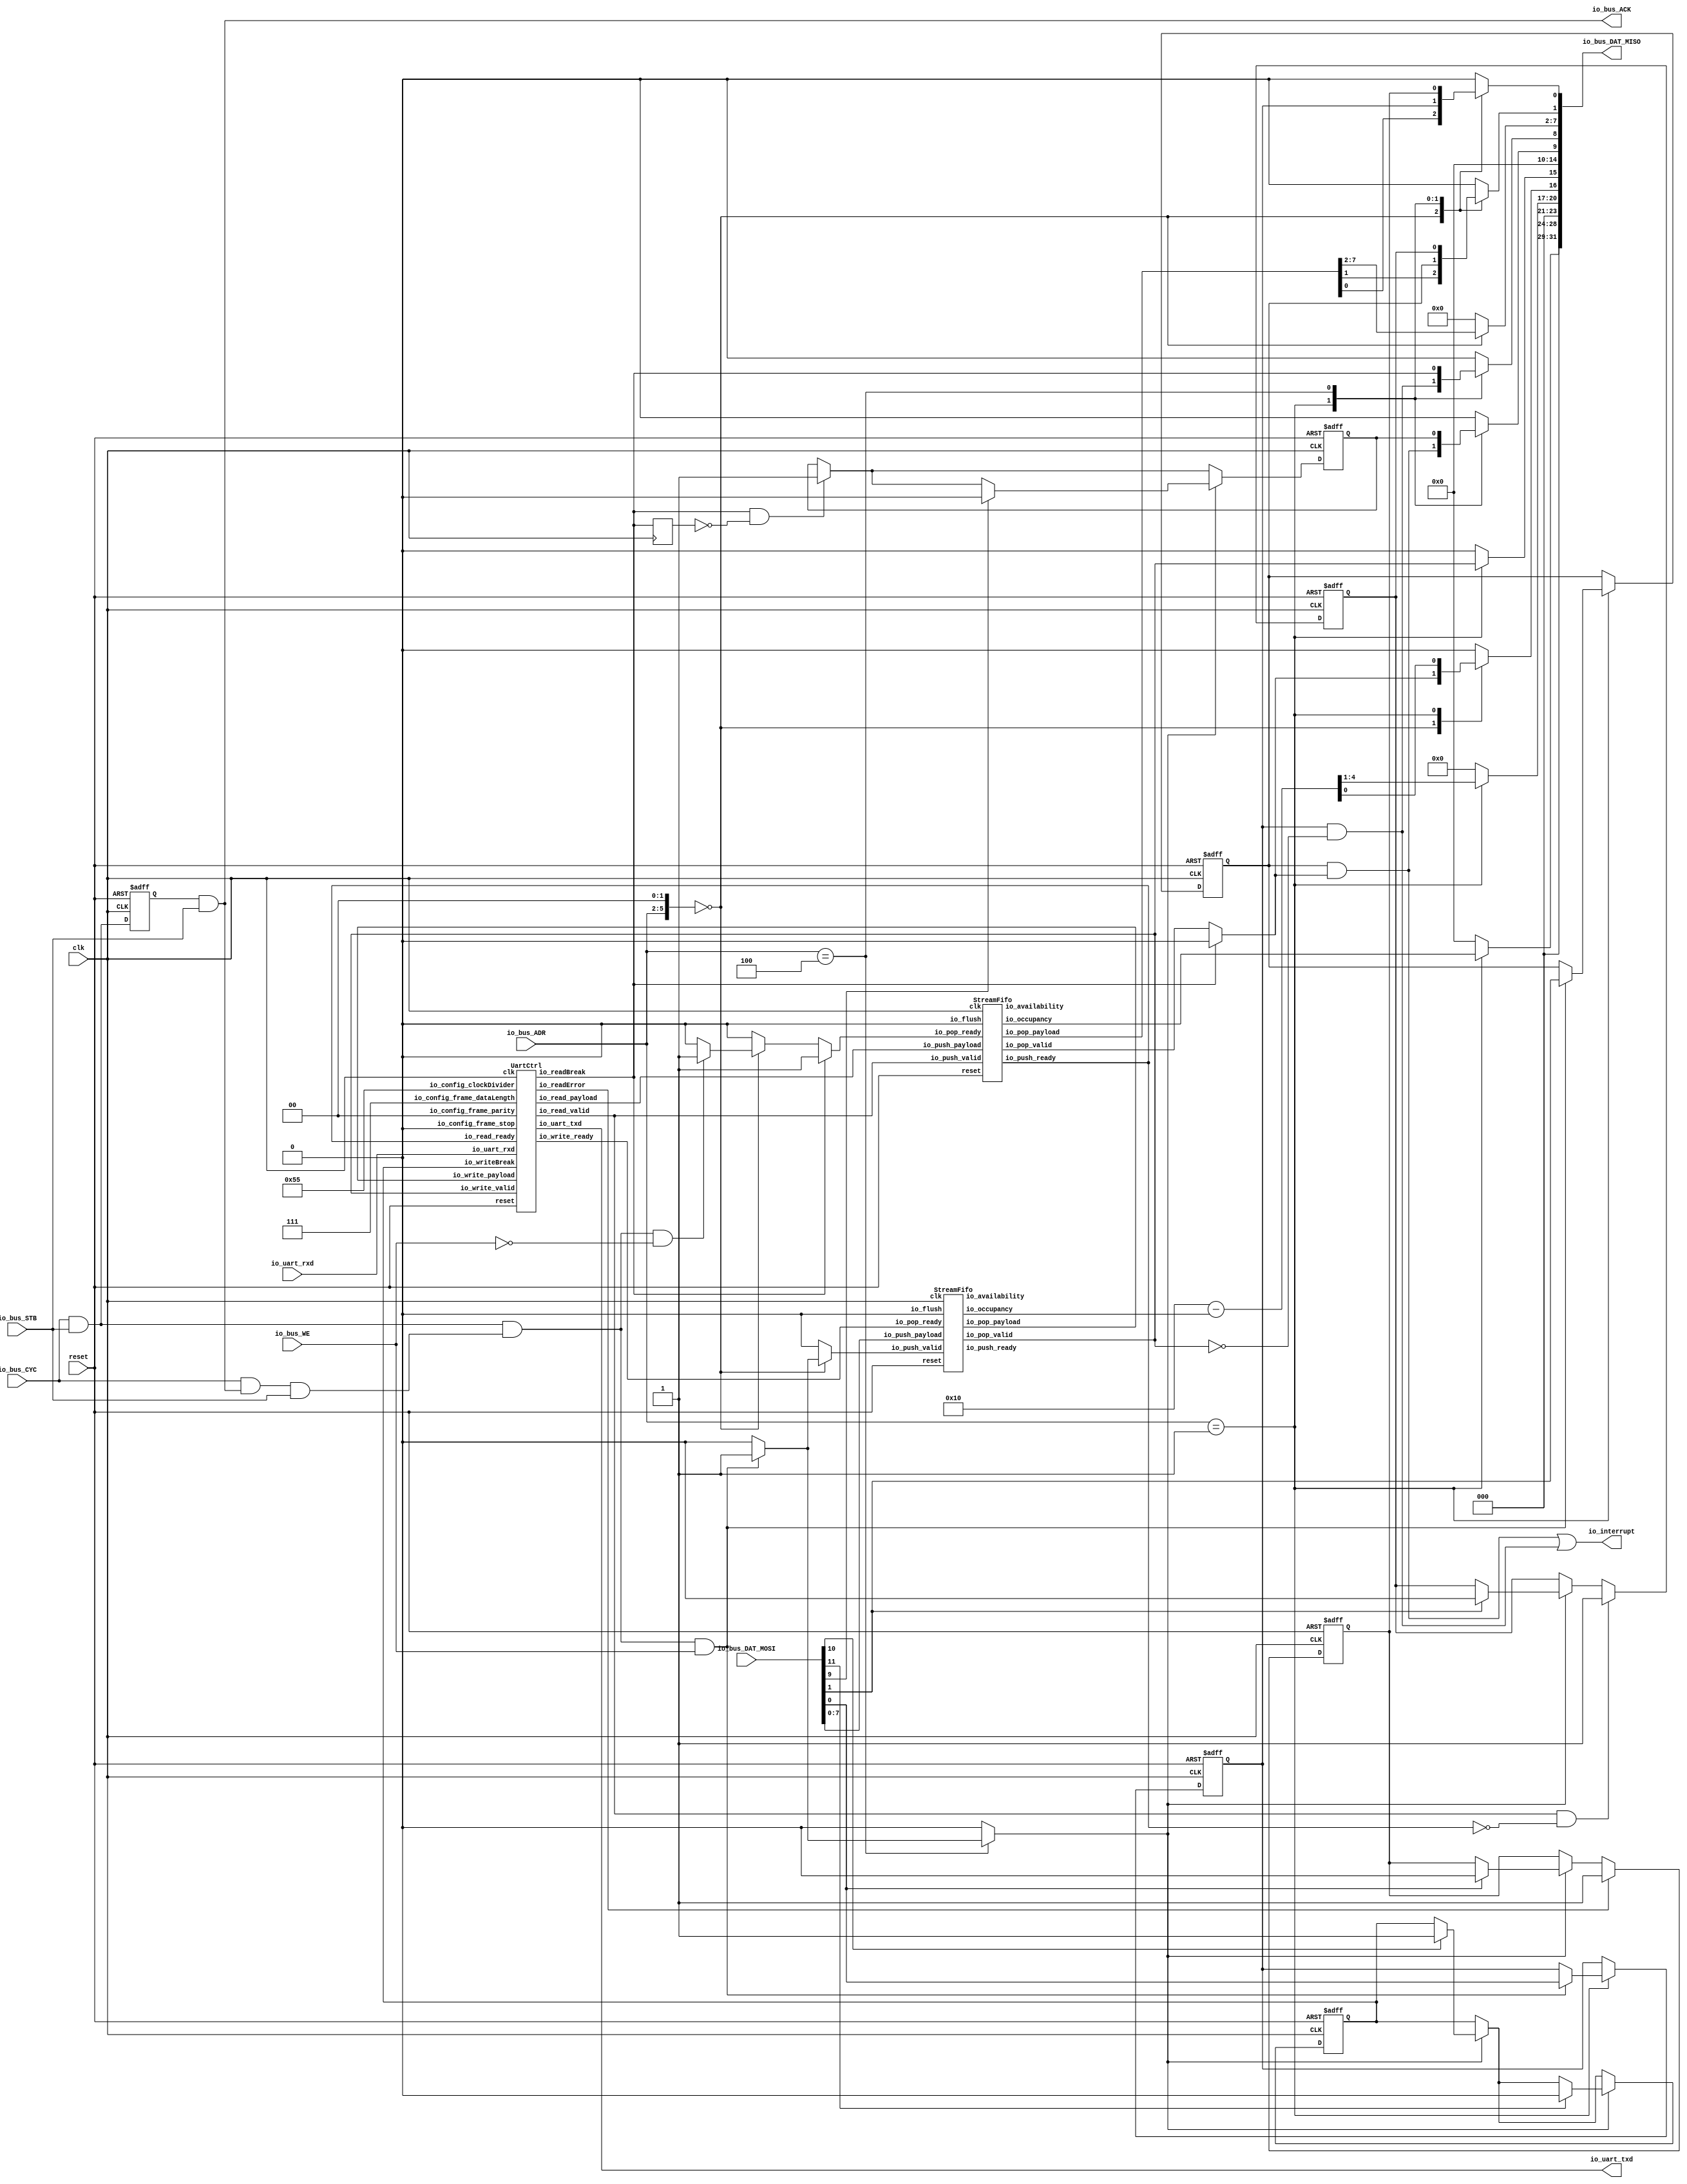
// Generator : SpinalHDL v1.6.0    git head : 73c8d8e2b86b45646e9d0b2e729291f2b65e6be3
// Component : WishboneUartCtrl
// Git hash  : 93ff13c803ccc7e8c0f8166031325c514c4e2d38


`define UartStopType_binary_sequential_type [0:0]
`define UartStopType_binary_sequential_ONE 1'b0
`define UartStopType_binary_sequential_TWO 1'b1

`define UartParityType_binary_sequential_type [1:0]
`define UartParityType_binary_sequential_NONE 2'b00
`define UartParityType_binary_sequential_EVEN 2'b01
`define UartParityType_binary_sequential_ODD 2'b10

`define UartCtrlTxState_binary_sequential_type [2:0]
`define UartCtrlTxState_binary_sequential_IDLE 3'b000
`define UartCtrlTxState_binary_sequential_START 3'b001
`define UartCtrlTxState_binary_sequential_DATA 3'b010
`define UartCtrlTxState_binary_sequential_PARITY 3'b011
`define UartCtrlTxState_binary_sequential_STOP 3'b100

`define UartCtrlRxState_binary_sequential_type [2:0]
`define UartCtrlRxState_binary_sequential_IDLE 3'b000
`define UartCtrlRxState_binary_sequential_START 3'b001
`define UartCtrlRxState_binary_sequential_DATA 3'b010
`define UartCtrlRxState_binary_sequential_PARITY 3'b011
`define UartCtrlRxState_binary_sequential_STOP 3'b100


module WishboneUartCtrl (
  input               io_bus_CYC,
  input               io_bus_STB,
  output              io_bus_ACK,
  input               io_bus_WE,
  input      [3:0]    io_bus_ADR,
  output reg [31:0]   io_bus_DAT_MISO,
  input      [31:0]   io_bus_DAT_MOSI,
  output              io_uart_txd,
  input               io_uart_rxd,
  output              io_interrupt,
  input               clk,
  input               reset
);
  reg                 uartCtrl_1_io_read_queueWithOccupancy_io_pop_ready;
  wire                uartCtrl_1_io_write_ready;
  wire                uartCtrl_1_io_read_valid;
  wire       [7:0]    uartCtrl_1_io_read_payload;
  wire                uartCtrl_1_io_uart_txd;
  wire                uartCtrl_1_io_readError;
  wire                uartCtrl_1_io_readBreak;
  wire                bridge_write_streamUnbuffered_queueWithOccupancy_io_push_ready;
  wire                bridge_write_streamUnbuffered_queueWithOccupancy_io_pop_valid;
  wire       [7:0]    bridge_write_streamUnbuffered_queueWithOccupancy_io_pop_payload;
  wire       [4:0]    bridge_write_streamUnbuffered_queueWithOccupancy_io_occupancy;
  wire       [4:0]    bridge_write_streamUnbuffered_queueWithOccupancy_io_availability;
  wire                uartCtrl_1_io_read_queueWithOccupancy_io_push_ready;
  wire                uartCtrl_1_io_read_queueWithOccupancy_io_pop_valid;
  wire       [7:0]    uartCtrl_1_io_read_queueWithOccupancy_io_pop_payload;
  wire       [4:0]    uartCtrl_1_io_read_queueWithOccupancy_io_occupancy;
  wire       [4:0]    uartCtrl_1_io_read_queueWithOccupancy_io_availability;
  wire       [0:0]    _zz_bridge_misc_readError;
  wire       [0:0]    _zz_bridge_misc_readOverflowError;
  wire       [0:0]    _zz_bridge_misc_breakDetected;
  wire       [0:0]    _zz_bridge_misc_doBreak;
  wire       [0:0]    _zz_bridge_misc_doBreak_1;
  wire       [4:0]    _zz_io_bus_DAT_MISO;
  wire                busCtrl_askWrite;
  wire                busCtrl_askRead;
  wire                busCtrl_doWrite;
  wire                busCtrl_doRead;
  reg                 _zz_io_bus_ACK;
  wire       [5:0]    busCtrl_byteAddress;
  wire       [2:0]    bridge_uartConfigReg_frame_dataLength;
  wire       `UartStopType_binary_sequential_type bridge_uartConfigReg_frame_stop;
  wire       `UartParityType_binary_sequential_type bridge_uartConfigReg_frame_parity;
  reg        [11:0]   bridge_uartConfigReg_clockDivider;
  reg                 _zz_bridge_write_streamUnbuffered_valid;
  wire                bridge_write_streamUnbuffered_valid;
  wire                bridge_write_streamUnbuffered_ready;
  wire       [7:0]    bridge_write_streamUnbuffered_payload;
  reg                 bridge_read_streamBreaked_valid;
  reg                 bridge_read_streamBreaked_ready;
  wire       [7:0]    bridge_read_streamBreaked_payload;
  reg                 bridge_interruptCtrl_writeIntEnable;
  reg                 bridge_interruptCtrl_readIntEnable;
  wire                bridge_interruptCtrl_readInt;
  wire                bridge_interruptCtrl_writeInt;
  wire                bridge_interruptCtrl_interrupt;
  reg                 bridge_misc_readError;
  reg                 when_BusSlaveFactory_l335;
  wire                when_BusSlaveFactory_l337;
  reg                 bridge_misc_readOverflowError;
  reg                 when_BusSlaveFactory_l335_1;
  wire                when_BusSlaveFactory_l337_1;
  wire                uartCtrl_1_io_read_isStall;
  reg                 bridge_misc_breakDetected;
  reg                 uartCtrl_1_io_readBreak_regNext;
  wire                when_UartCtrl_l154;
  reg                 when_BusSlaveFactory_l335_2;
  wire                when_BusSlaveFactory_l337_2;
  reg                 bridge_misc_doBreak;
  reg                 when_BusSlaveFactory_l366;
  wire                when_BusSlaveFactory_l368;
  reg                 when_BusSlaveFactory_l335_3;
  wire                when_BusSlaveFactory_l337_3;
  `ifndef SYNTHESIS
  reg [23:0] bridge_uartConfigReg_frame_stop_string;
  reg [31:0] bridge_uartConfigReg_frame_parity_string;
  `endif

  function [11:0] zz_bridge_uartConfigReg_clockDivider(input dummy);
    begin
      zz_bridge_uartConfigReg_clockDivider = 12'h0;
      zz_bridge_uartConfigReg_clockDivider = 12'h055;
    end
  endfunction
  wire [11:0] _zz_1;

  assign _zz_bridge_misc_readError = 1'b0;
  assign _zz_bridge_misc_readOverflowError = 1'b0;
  assign _zz_bridge_misc_breakDetected = 1'b0;
  assign _zz_bridge_misc_doBreak = 1'b1;
  assign _zz_bridge_misc_doBreak_1 = 1'b0;
  assign _zz_io_bus_DAT_MISO = (5'h10 - bridge_write_streamUnbuffered_queueWithOccupancy_io_occupancy);
  UartCtrl uartCtrl_1 (
    .io_config_frame_dataLength    (bridge_uartConfigReg_frame_dataLength                            ), //i
    .io_config_frame_stop          (bridge_uartConfigReg_frame_stop                                  ), //i
    .io_config_frame_parity        (bridge_uartConfigReg_frame_parity                                ), //i
    .io_config_clockDivider        (bridge_uartConfigReg_clockDivider                                ), //i
    .io_write_valid                (bridge_write_streamUnbuffered_queueWithOccupancy_io_pop_valid    ), //i
    .io_write_ready                (uartCtrl_1_io_write_ready                                        ), //o
    .io_write_payload              (bridge_write_streamUnbuffered_queueWithOccupancy_io_pop_payload  ), //i
    .io_read_valid                 (uartCtrl_1_io_read_valid                                         ), //o
    .io_read_ready                 (uartCtrl_1_io_read_queueWithOccupancy_io_push_ready              ), //i
    .io_read_payload               (uartCtrl_1_io_read_payload                                       ), //o
    .io_uart_txd                   (uartCtrl_1_io_uart_txd                                           ), //o
    .io_uart_rxd                   (io_uart_rxd                                                      ), //i
    .io_readError                  (uartCtrl_1_io_readError                                          ), //o
    .io_writeBreak                 (bridge_misc_doBreak                                              ), //i
    .io_readBreak                  (uartCtrl_1_io_readBreak                                          ), //o
    .clk                           (clk                                                              ), //i
    .reset                         (reset                                                            )  //i
  );
  StreamFifo bridge_write_streamUnbuffered_queueWithOccupancy (
    .io_push_valid      (bridge_write_streamUnbuffered_valid                               ), //i
    .io_push_ready      (bridge_write_streamUnbuffered_queueWithOccupancy_io_push_ready    ), //o
    .io_push_payload    (bridge_write_streamUnbuffered_payload                             ), //i
    .io_pop_valid       (bridge_write_streamUnbuffered_queueWithOccupancy_io_pop_valid     ), //o
    .io_pop_ready       (uartCtrl_1_io_write_ready                                         ), //i
    .io_pop_payload     (bridge_write_streamUnbuffered_queueWithOccupancy_io_pop_payload   ), //o
    .io_flush           (1'b0                                                              ), //i
    .io_occupancy       (bridge_write_streamUnbuffered_queueWithOccupancy_io_occupancy     ), //o
    .io_availability    (bridge_write_streamUnbuffered_queueWithOccupancy_io_availability  ), //o
    .clk                (clk                                                               ), //i
    .reset              (reset                                                             )  //i
  );
  StreamFifo uartCtrl_1_io_read_queueWithOccupancy (
    .io_push_valid      (uartCtrl_1_io_read_valid                               ), //i
    .io_push_ready      (uartCtrl_1_io_read_queueWithOccupancy_io_push_ready    ), //o
    .io_push_payload    (uartCtrl_1_io_read_payload                             ), //i
    .io_pop_valid       (uartCtrl_1_io_read_queueWithOccupancy_io_pop_valid     ), //o
    .io_pop_ready       (uartCtrl_1_io_read_queueWithOccupancy_io_pop_ready     ), //i
    .io_pop_payload     (uartCtrl_1_io_read_queueWithOccupancy_io_pop_payload   ), //o
    .io_flush           (1'b0                                                   ), //i
    .io_occupancy       (uartCtrl_1_io_read_queueWithOccupancy_io_occupancy     ), //o
    .io_availability    (uartCtrl_1_io_read_queueWithOccupancy_io_availability  ), //o
    .clk                (clk                                                    ), //i
    .reset              (reset                                                  )  //i
  );
  `ifndef SYNTHESIS
  always @(*) begin
    case(bridge_uartConfigReg_frame_stop)
      `UartStopType_binary_sequential_ONE : bridge_uartConfigReg_frame_stop_string = "ONE";
      `UartStopType_binary_sequential_TWO : bridge_uartConfigReg_frame_stop_string = "TWO";
      default : bridge_uartConfigReg_frame_stop_string = "???";
    endcase
  end
  always @(*) begin
    case(bridge_uartConfigReg_frame_parity)
      `UartParityType_binary_sequential_NONE : bridge_uartConfigReg_frame_parity_string = "NONE";
      `UartParityType_binary_sequential_EVEN : bridge_uartConfigReg_frame_parity_string = "EVEN";
      `UartParityType_binary_sequential_ODD : bridge_uartConfigReg_frame_parity_string = "ODD ";
      default : bridge_uartConfigReg_frame_parity_string = "????";
    endcase
  end
  `endif

  assign io_uart_txd = uartCtrl_1_io_uart_txd;
  always @(*) begin
    io_bus_DAT_MISO = 32'h0;
    case(busCtrl_byteAddress)
      6'h0 : begin
        io_bus_DAT_MISO[16 : 16] = (bridge_read_streamBreaked_valid ^ 1'b0);
        io_bus_DAT_MISO[7 : 0] = bridge_read_streamBreaked_payload;
      end
      6'h04 : begin
        io_bus_DAT_MISO[20 : 16] = _zz_io_bus_DAT_MISO;
        io_bus_DAT_MISO[15 : 15] = bridge_write_streamUnbuffered_queueWithOccupancy_io_pop_valid;
        io_bus_DAT_MISO[28 : 24] = uartCtrl_1_io_read_queueWithOccupancy_io_occupancy;
        io_bus_DAT_MISO[0 : 0] = bridge_interruptCtrl_writeIntEnable;
        io_bus_DAT_MISO[1 : 1] = bridge_interruptCtrl_readIntEnable;
        io_bus_DAT_MISO[8 : 8] = bridge_interruptCtrl_writeInt;
        io_bus_DAT_MISO[9 : 9] = bridge_interruptCtrl_readInt;
      end
      6'h10 : begin
        io_bus_DAT_MISO[0 : 0] = bridge_misc_readError;
        io_bus_DAT_MISO[1 : 1] = bridge_misc_readOverflowError;
        io_bus_DAT_MISO[8 : 8] = uartCtrl_1_io_readBreak;
        io_bus_DAT_MISO[9 : 9] = bridge_misc_breakDetected;
      end
      default : begin
      end
    endcase
  end

  assign busCtrl_askWrite = ((io_bus_CYC && io_bus_STB) && io_bus_WE);
  assign busCtrl_askRead = ((io_bus_CYC && io_bus_STB) && (! io_bus_WE));
  assign busCtrl_doWrite = (((io_bus_CYC && io_bus_STB) && ((io_bus_CYC && io_bus_ACK) && io_bus_STB)) && io_bus_WE);
  assign busCtrl_doRead = (((io_bus_CYC && io_bus_STB) && ((io_bus_CYC && io_bus_ACK) && io_bus_STB)) && (! io_bus_WE));
  assign io_bus_ACK = (_zz_io_bus_ACK && io_bus_STB);
  assign busCtrl_byteAddress = ({2'd0,io_bus_ADR} <<< 2);
  assign _zz_1 = zz_bridge_uartConfigReg_clockDivider(1'b0);
  always @(*) bridge_uartConfigReg_clockDivider = _zz_1;
  assign bridge_uartConfigReg_frame_dataLength = 3'b111;
  assign bridge_uartConfigReg_frame_parity = `UartParityType_binary_sequential_NONE;
  assign bridge_uartConfigReg_frame_stop = `UartStopType_binary_sequential_ONE;
  always @(*) begin
    _zz_bridge_write_streamUnbuffered_valid = 1'b0;
    case(busCtrl_byteAddress)
      6'h0 : begin
        if(busCtrl_doWrite) begin
          _zz_bridge_write_streamUnbuffered_valid = 1'b1;
        end
      end
      default : begin
      end
    endcase
  end

  assign bridge_write_streamUnbuffered_valid = _zz_bridge_write_streamUnbuffered_valid;
  assign bridge_write_streamUnbuffered_payload = io_bus_DAT_MOSI[7 : 0];
  assign bridge_write_streamUnbuffered_ready = bridge_write_streamUnbuffered_queueWithOccupancy_io_push_ready;
  always @(*) begin
    bridge_read_streamBreaked_valid = uartCtrl_1_io_read_queueWithOccupancy_io_pop_valid;
    if(uartCtrl_1_io_readBreak) begin
      bridge_read_streamBreaked_valid = 1'b0;
    end
  end

  always @(*) begin
    uartCtrl_1_io_read_queueWithOccupancy_io_pop_ready = bridge_read_streamBreaked_ready;
    if(uartCtrl_1_io_readBreak) begin
      uartCtrl_1_io_read_queueWithOccupancy_io_pop_ready = 1'b1;
    end
  end

  assign bridge_read_streamBreaked_payload = uartCtrl_1_io_read_queueWithOccupancy_io_pop_payload;
  always @(*) begin
    bridge_read_streamBreaked_ready = 1'b0;
    case(busCtrl_byteAddress)
      6'h0 : begin
        if(busCtrl_doRead) begin
          bridge_read_streamBreaked_ready = 1'b1;
        end
      end
      default : begin
      end
    endcase
  end

  assign bridge_interruptCtrl_readInt = (bridge_interruptCtrl_readIntEnable && bridge_read_streamBreaked_valid);
  assign bridge_interruptCtrl_writeInt = (bridge_interruptCtrl_writeIntEnable && (! bridge_write_streamUnbuffered_queueWithOccupancy_io_pop_valid));
  assign bridge_interruptCtrl_interrupt = (bridge_interruptCtrl_readInt || bridge_interruptCtrl_writeInt);
  always @(*) begin
    when_BusSlaveFactory_l335 = 1'b0;
    case(busCtrl_byteAddress)
      6'h10 : begin
        if(busCtrl_doWrite) begin
          when_BusSlaveFactory_l335 = 1'b1;
        end
      end
      default : begin
      end
    endcase
  end

  assign when_BusSlaveFactory_l337 = io_bus_DAT_MOSI[0];
  always @(*) begin
    when_BusSlaveFactory_l335_1 = 1'b0;
    case(busCtrl_byteAddress)
      6'h10 : begin
        if(busCtrl_doWrite) begin
          when_BusSlaveFactory_l335_1 = 1'b1;
        end
      end
      default : begin
      end
    endcase
  end

  assign when_BusSlaveFactory_l337_1 = io_bus_DAT_MOSI[1];
  assign uartCtrl_1_io_read_isStall = (uartCtrl_1_io_read_valid && (! uartCtrl_1_io_read_queueWithOccupancy_io_push_ready));
  assign when_UartCtrl_l154 = (uartCtrl_1_io_readBreak && (! uartCtrl_1_io_readBreak_regNext));
  always @(*) begin
    when_BusSlaveFactory_l335_2 = 1'b0;
    case(busCtrl_byteAddress)
      6'h10 : begin
        if(busCtrl_doWrite) begin
          when_BusSlaveFactory_l335_2 = 1'b1;
        end
      end
      default : begin
      end
    endcase
  end

  assign when_BusSlaveFactory_l337_2 = io_bus_DAT_MOSI[9];
  always @(*) begin
    when_BusSlaveFactory_l366 = 1'b0;
    case(busCtrl_byteAddress)
      6'h10 : begin
        if(busCtrl_doWrite) begin
          when_BusSlaveFactory_l366 = 1'b1;
        end
      end
      default : begin
      end
    endcase
  end

  assign when_BusSlaveFactory_l368 = io_bus_DAT_MOSI[10];
  always @(*) begin
    when_BusSlaveFactory_l335_3 = 1'b0;
    case(busCtrl_byteAddress)
      6'h10 : begin
        if(busCtrl_doWrite) begin
          when_BusSlaveFactory_l335_3 = 1'b1;
        end
      end
      default : begin
      end
    endcase
  end

  assign when_BusSlaveFactory_l337_3 = io_bus_DAT_MOSI[11];
  assign io_interrupt = bridge_interruptCtrl_interrupt;
  always @(posedge clk or posedge reset) begin
    if(reset) begin
      _zz_io_bus_ACK <= 1'b0;
      bridge_interruptCtrl_writeIntEnable <= 1'b0;
      bridge_interruptCtrl_readIntEnable <= 1'b0;
      bridge_misc_readError <= 1'b0;
      bridge_misc_readOverflowError <= 1'b0;
      bridge_misc_breakDetected <= 1'b0;
      bridge_misc_doBreak <= 1'b0;
    end else begin
      _zz_io_bus_ACK <= (io_bus_STB && io_bus_CYC);
      if(when_BusSlaveFactory_l335) begin
        if(when_BusSlaveFactory_l337) begin
          bridge_misc_readError <= _zz_bridge_misc_readError[0];
        end
      end
      if(uartCtrl_1_io_readError) begin
        bridge_misc_readError <= 1'b1;
      end
      if(when_BusSlaveFactory_l335_1) begin
        if(when_BusSlaveFactory_l337_1) begin
          bridge_misc_readOverflowError <= _zz_bridge_misc_readOverflowError[0];
        end
      end
      if(uartCtrl_1_io_read_isStall) begin
        bridge_misc_readOverflowError <= 1'b1;
      end
      if(when_UartCtrl_l154) begin
        bridge_misc_breakDetected <= 1'b1;
      end
      if(when_BusSlaveFactory_l335_2) begin
        if(when_BusSlaveFactory_l337_2) begin
          bridge_misc_breakDetected <= _zz_bridge_misc_breakDetected[0];
        end
      end
      if(when_BusSlaveFactory_l366) begin
        if(when_BusSlaveFactory_l368) begin
          bridge_misc_doBreak <= _zz_bridge_misc_doBreak[0];
        end
      end
      if(when_BusSlaveFactory_l335_3) begin
        if(when_BusSlaveFactory_l337_3) begin
          bridge_misc_doBreak <= _zz_bridge_misc_doBreak_1[0];
        end
      end
      case(busCtrl_byteAddress)
        6'h04 : begin
          if(busCtrl_doWrite) begin
            bridge_interruptCtrl_writeIntEnable <= io_bus_DAT_MOSI[0];
            bridge_interruptCtrl_readIntEnable <= io_bus_DAT_MOSI[1];
          end
        end
        default : begin
        end
      endcase
    end
  end

  always @(posedge clk) begin
    uartCtrl_1_io_readBreak_regNext <= uartCtrl_1_io_readBreak;
  end


endmodule

//StreamFifo replaced by StreamFifo

module StreamFifo (
  input               io_push_valid,
  output              io_push_ready,
  input      [7:0]    io_push_payload,
  output              io_pop_valid,
  input               io_pop_ready,
  output     [7:0]    io_pop_payload,
  input               io_flush,
  output     [4:0]    io_occupancy,
  output     [4:0]    io_availability,
  input               clk,
  input               reset
);
  reg        [7:0]    _zz_logic_ram_port0;
  wire       [3:0]    _zz_logic_pushPtr_valueNext;
  wire       [0:0]    _zz_logic_pushPtr_valueNext_1;
  wire       [3:0]    _zz_logic_popPtr_valueNext;
  wire       [0:0]    _zz_logic_popPtr_valueNext_1;
  wire                _zz_logic_ram_port;
  wire                _zz_io_pop_payload;
  wire       [3:0]    _zz_io_availability;
  reg                 _zz_1;
  reg                 logic_pushPtr_willIncrement;
  reg                 logic_pushPtr_willClear;
  reg        [3:0]    logic_pushPtr_valueNext;
  reg        [3:0]    logic_pushPtr_value;
  wire                logic_pushPtr_willOverflowIfInc;
  wire                logic_pushPtr_willOverflow;
  reg                 logic_popPtr_willIncrement;
  reg                 logic_popPtr_willClear;
  reg        [3:0]    logic_popPtr_valueNext;
  reg        [3:0]    logic_popPtr_value;
  wire                logic_popPtr_willOverflowIfInc;
  wire                logic_popPtr_willOverflow;
  wire                logic_ptrMatch;
  reg                 logic_risingOccupancy;
  wire                logic_pushing;
  wire                logic_popping;
  wire                logic_empty;
  wire                logic_full;
  reg                 _zz_io_pop_valid;
  wire                when_Stream_l933;
  wire       [3:0]    logic_ptrDif;
  reg [7:0] logic_ram [0:15];

  assign _zz_logic_pushPtr_valueNext_1 = logic_pushPtr_willIncrement;
  assign _zz_logic_pushPtr_valueNext = {3'd0, _zz_logic_pushPtr_valueNext_1};
  assign _zz_logic_popPtr_valueNext_1 = logic_popPtr_willIncrement;
  assign _zz_logic_popPtr_valueNext = {3'd0, _zz_logic_popPtr_valueNext_1};
  assign _zz_io_availability = (logic_popPtr_value - logic_pushPtr_value);
  assign _zz_io_pop_payload = 1'b1;
  always @(posedge clk) begin
    if(_zz_io_pop_payload) begin
      _zz_logic_ram_port0 <= logic_ram[logic_popPtr_valueNext];
    end
  end

  always @(posedge clk) begin
    if(_zz_1) begin
      logic_ram[logic_pushPtr_value] <= io_push_payload;
    end
  end

  always @(*) begin
    _zz_1 = 1'b0;
    if(logic_pushing) begin
      _zz_1 = 1'b1;
    end
  end

  always @(*) begin
    logic_pushPtr_willIncrement = 1'b0;
    if(logic_pushing) begin
      logic_pushPtr_willIncrement = 1'b1;
    end
  end

  always @(*) begin
    logic_pushPtr_willClear = 1'b0;
    if(io_flush) begin
      logic_pushPtr_willClear = 1'b1;
    end
  end

  assign logic_pushPtr_willOverflowIfInc = (logic_pushPtr_value == 4'b1111);
  assign logic_pushPtr_willOverflow = (logic_pushPtr_willOverflowIfInc && logic_pushPtr_willIncrement);
  always @(*) begin
    logic_pushPtr_valueNext = (logic_pushPtr_value + _zz_logic_pushPtr_valueNext);
    if(logic_pushPtr_willClear) begin
      logic_pushPtr_valueNext = 4'b0000;
    end
  end

  always @(*) begin
    logic_popPtr_willIncrement = 1'b0;
    if(logic_popping) begin
      logic_popPtr_willIncrement = 1'b1;
    end
  end

  always @(*) begin
    logic_popPtr_willClear = 1'b0;
    if(io_flush) begin
      logic_popPtr_willClear = 1'b1;
    end
  end

  assign logic_popPtr_willOverflowIfInc = (logic_popPtr_value == 4'b1111);
  assign logic_popPtr_willOverflow = (logic_popPtr_willOverflowIfInc && logic_popPtr_willIncrement);
  always @(*) begin
    logic_popPtr_valueNext = (logic_popPtr_value + _zz_logic_popPtr_valueNext);
    if(logic_popPtr_willClear) begin
      logic_popPtr_valueNext = 4'b0000;
    end
  end

  assign logic_ptrMatch = (logic_pushPtr_value == logic_popPtr_value);
  assign logic_pushing = (io_push_valid && io_push_ready);
  assign logic_popping = (io_pop_valid && io_pop_ready);
  assign logic_empty = (logic_ptrMatch && (! logic_risingOccupancy));
  assign logic_full = (logic_ptrMatch && logic_risingOccupancy);
  assign io_push_ready = (! logic_full);
  assign io_pop_valid = ((! logic_empty) && (! (_zz_io_pop_valid && (! logic_full))));
  assign io_pop_payload = _zz_logic_ram_port0;
  assign when_Stream_l933 = (logic_pushing != logic_popping);
  assign logic_ptrDif = (logic_pushPtr_value - logic_popPtr_value);
  assign io_occupancy = {(logic_risingOccupancy && logic_ptrMatch),logic_ptrDif};
  assign io_availability = {((! logic_risingOccupancy) && logic_ptrMatch),_zz_io_availability};
  always @(posedge clk or posedge reset) begin
    if(reset) begin
      logic_pushPtr_value <= 4'b0000;
      logic_popPtr_value <= 4'b0000;
      logic_risingOccupancy <= 1'b0;
      _zz_io_pop_valid <= 1'b0;
    end else begin
      logic_pushPtr_value <= logic_pushPtr_valueNext;
      logic_popPtr_value <= logic_popPtr_valueNext;
      _zz_io_pop_valid <= (logic_popPtr_valueNext == logic_pushPtr_value);
      if(when_Stream_l933) begin
        logic_risingOccupancy <= logic_pushing;
      end
      if(io_flush) begin
        logic_risingOccupancy <= 1'b0;
      end
    end
  end


endmodule

module UartCtrl (
  input      [2:0]    io_config_frame_dataLength,
  input      `UartStopType_binary_sequential_type io_config_frame_stop,
  input      `UartParityType_binary_sequential_type io_config_frame_parity,
  input      [11:0]   io_config_clockDivider,
  input               io_write_valid,
  output reg          io_write_ready,
  input      [7:0]    io_write_payload,
  output              io_read_valid,
  input               io_read_ready,
  output     [7:0]    io_read_payload,
  output              io_uart_txd,
  input               io_uart_rxd,
  output              io_readError,
  input               io_writeBreak,
  output              io_readBreak,
  input               clk,
  input               reset
);
  wire                tx_io_write_ready;
  wire                tx_io_txd;
  wire                rx_io_read_valid;
  wire       [7:0]    rx_io_read_payload;
  wire                rx_io_rts;
  wire                rx_io_error;
  wire                rx_io_break;
  reg        [11:0]   clockDivider_counter;
  wire                clockDivider_tick;
  reg                 io_write_thrown_valid;
  wire                io_write_thrown_ready;
  wire       [7:0]    io_write_thrown_payload;
  `ifndef SYNTHESIS
  reg [23:0] io_config_frame_stop_string;
  reg [31:0] io_config_frame_parity_string;
  `endif


  UartCtrlTx tx (
    .io_configFrame_dataLength    (io_config_frame_dataLength  ), //i
    .io_configFrame_stop          (io_config_frame_stop        ), //i
    .io_configFrame_parity        (io_config_frame_parity      ), //i
    .io_samplingTick              (clockDivider_tick           ), //i
    .io_write_valid               (io_write_thrown_valid       ), //i
    .io_write_ready               (tx_io_write_ready           ), //o
    .io_write_payload             (io_write_thrown_payload     ), //i
    .io_cts                       (1'b0                        ), //i
    .io_txd                       (tx_io_txd                   ), //o
    .io_break                     (io_writeBreak               ), //i
    .clk                          (clk                         ), //i
    .reset                        (reset                       )  //i
  );
  UartCtrlRx rx (
    .io_configFrame_dataLength    (io_config_frame_dataLength  ), //i
    .io_configFrame_stop          (io_config_frame_stop        ), //i
    .io_configFrame_parity        (io_config_frame_parity      ), //i
    .io_samplingTick              (clockDivider_tick           ), //i
    .io_read_valid                (rx_io_read_valid            ), //o
    .io_read_ready                (io_read_ready               ), //i
    .io_read_payload              (rx_io_read_payload          ), //o
    .io_rxd                       (io_uart_rxd                 ), //i
    .io_rts                       (rx_io_rts                   ), //o
    .io_error                     (rx_io_error                 ), //o
    .io_break                     (rx_io_break                 ), //o
    .clk                          (clk                         ), //i
    .reset                        (reset                       )  //i
  );
  `ifndef SYNTHESIS
  always @(*) begin
    case(io_config_frame_stop)
      `UartStopType_binary_sequential_ONE : io_config_frame_stop_string = "ONE";
      `UartStopType_binary_sequential_TWO : io_config_frame_stop_string = "TWO";
      default : io_config_frame_stop_string = "???";
    endcase
  end
  always @(*) begin
    case(io_config_frame_parity)
      `UartParityType_binary_sequential_NONE : io_config_frame_parity_string = "NONE";
      `UartParityType_binary_sequential_EVEN : io_config_frame_parity_string = "EVEN";
      `UartParityType_binary_sequential_ODD : io_config_frame_parity_string = "ODD ";
      default : io_config_frame_parity_string = "????";
    endcase
  end
  `endif

  assign clockDivider_tick = (clockDivider_counter == 12'h0);
  always @(*) begin
    io_write_thrown_valid = io_write_valid;
    if(rx_io_break) begin
      io_write_thrown_valid = 1'b0;
    end
  end

  always @(*) begin
    io_write_ready = io_write_thrown_ready;
    if(rx_io_break) begin
      io_write_ready = 1'b1;
    end
  end

  assign io_write_thrown_payload = io_write_payload;
  assign io_write_thrown_ready = tx_io_write_ready;
  assign io_read_valid = rx_io_read_valid;
  assign io_read_payload = rx_io_read_payload;
  assign io_uart_txd = tx_io_txd;
  assign io_readError = rx_io_error;
  assign io_readBreak = rx_io_break;
  always @(posedge clk or posedge reset) begin
    if(reset) begin
      clockDivider_counter <= 12'h0;
    end else begin
      clockDivider_counter <= (clockDivider_counter - 12'h001);
      if(clockDivider_tick) begin
        clockDivider_counter <= io_config_clockDivider;
      end
    end
  end


endmodule

module UartCtrlRx (
  input      [2:0]    io_configFrame_dataLength,
  input      `UartStopType_binary_sequential_type io_configFrame_stop,
  input      `UartParityType_binary_sequential_type io_configFrame_parity,
  input               io_samplingTick,
  output              io_read_valid,
  input               io_read_ready,
  output     [7:0]    io_read_payload,
  input               io_rxd,
  output              io_rts,
  output reg          io_error,
  output              io_break,
  input               clk,
  input               reset
);
  wire                io_rxd_buffercc_io_dataOut;
  wire       [2:0]    _zz_when_UartCtrlRx_l139;
  wire       [0:0]    _zz_when_UartCtrlRx_l139_1;
  reg                 _zz_io_rts;
  wire                sampler_synchroniser;
  wire                sampler_samples_0;
  reg                 sampler_samples_1;
  reg                 sampler_samples_2;
  reg                 sampler_value;
  reg                 sampler_tick;
  reg        [2:0]    bitTimer_counter;
  reg                 bitTimer_tick;
  wire                when_UartCtrlRx_l43;
  reg        [2:0]    bitCounter_value;
  reg        [6:0]    break_counter;
  wire                break_valid;
  wire                when_UartCtrlRx_l69;
  reg        `UartCtrlRxState_binary_sequential_type stateMachine_state;
  reg                 stateMachine_parity;
  reg        [7:0]    stateMachine_shifter;
  reg                 stateMachine_validReg;
  wire                when_UartCtrlRx_l93;
  wire                when_UartCtrlRx_l103;
  wire                when_UartCtrlRx_l111;
  wire                when_UartCtrlRx_l113;
  wire                when_UartCtrlRx_l125;
  wire                when_UartCtrlRx_l136;
  wire                when_UartCtrlRx_l139;
  `ifndef SYNTHESIS
  reg [23:0] io_configFrame_stop_string;
  reg [31:0] io_configFrame_parity_string;
  reg [47:0] stateMachine_state_string;
  `endif


  assign _zz_when_UartCtrlRx_l139_1 = ((io_configFrame_stop == `UartStopType_binary_sequential_ONE) ? 1'b0 : 1'b1);
  assign _zz_when_UartCtrlRx_l139 = {2'd0, _zz_when_UartCtrlRx_l139_1};
  BufferCC io_rxd_buffercc (
    .io_dataIn     (io_rxd                      ), //i
    .io_dataOut    (io_rxd_buffercc_io_dataOut  ), //o
    .clk           (clk                         ), //i
    .reset         (reset                       )  //i
  );
  `ifndef SYNTHESIS
  always @(*) begin
    case(io_configFrame_stop)
      `UartStopType_binary_sequential_ONE : io_configFrame_stop_string = "ONE";
      `UartStopType_binary_sequential_TWO : io_configFrame_stop_string = "TWO";
      default : io_configFrame_stop_string = "???";
    endcase
  end
  always @(*) begin
    case(io_configFrame_parity)
      `UartParityType_binary_sequential_NONE : io_configFrame_parity_string = "NONE";
      `UartParityType_binary_sequential_EVEN : io_configFrame_parity_string = "EVEN";
      `UartParityType_binary_sequential_ODD : io_configFrame_parity_string = "ODD ";
      default : io_configFrame_parity_string = "????";
    endcase
  end
  always @(*) begin
    case(stateMachine_state)
      `UartCtrlRxState_binary_sequential_IDLE : stateMachine_state_string = "IDLE  ";
      `UartCtrlRxState_binary_sequential_START : stateMachine_state_string = "START ";
      `UartCtrlRxState_binary_sequential_DATA : stateMachine_state_string = "DATA  ";
      `UartCtrlRxState_binary_sequential_PARITY : stateMachine_state_string = "PARITY";
      `UartCtrlRxState_binary_sequential_STOP : stateMachine_state_string = "STOP  ";
      default : stateMachine_state_string = "??????";
    endcase
  end
  `endif

  always @(*) begin
    io_error = 1'b0;
    case(stateMachine_state)
      `UartCtrlRxState_binary_sequential_IDLE : begin
      end
      `UartCtrlRxState_binary_sequential_START : begin
      end
      `UartCtrlRxState_binary_sequential_DATA : begin
      end
      `UartCtrlRxState_binary_sequential_PARITY : begin
        if(bitTimer_tick) begin
          if(!when_UartCtrlRx_l125) begin
            io_error = 1'b1;
          end
        end
      end
      default : begin
        if(bitTimer_tick) begin
          if(when_UartCtrlRx_l136) begin
            io_error = 1'b1;
          end
        end
      end
    endcase
  end

  assign io_rts = _zz_io_rts;
  assign sampler_synchroniser = io_rxd_buffercc_io_dataOut;
  assign sampler_samples_0 = sampler_synchroniser;
  always @(*) begin
    bitTimer_tick = 1'b0;
    if(sampler_tick) begin
      if(when_UartCtrlRx_l43) begin
        bitTimer_tick = 1'b1;
      end
    end
  end

  assign when_UartCtrlRx_l43 = (bitTimer_counter == 3'b000);
  assign break_valid = (break_counter == 7'h41);
  assign when_UartCtrlRx_l69 = (io_samplingTick && (! break_valid));
  assign io_break = break_valid;
  assign io_read_valid = stateMachine_validReg;
  assign when_UartCtrlRx_l93 = ((sampler_tick && (! sampler_value)) && (! break_valid));
  assign when_UartCtrlRx_l103 = (sampler_value == 1'b1);
  assign when_UartCtrlRx_l111 = (bitCounter_value == io_configFrame_dataLength);
  assign when_UartCtrlRx_l113 = (io_configFrame_parity == `UartParityType_binary_sequential_NONE);
  assign when_UartCtrlRx_l125 = (stateMachine_parity == sampler_value);
  assign when_UartCtrlRx_l136 = (! sampler_value);
  assign when_UartCtrlRx_l139 = (bitCounter_value == _zz_when_UartCtrlRx_l139);
  assign io_read_payload = stateMachine_shifter;
  always @(posedge clk or posedge reset) begin
    if(reset) begin
      _zz_io_rts <= 1'b0;
      sampler_samples_1 <= 1'b1;
      sampler_samples_2 <= 1'b1;
      sampler_value <= 1'b1;
      sampler_tick <= 1'b0;
      break_counter <= 7'h0;
      stateMachine_state <= `UartCtrlRxState_binary_sequential_IDLE;
      stateMachine_validReg <= 1'b0;
    end else begin
      _zz_io_rts <= (! io_read_ready);
      if(io_samplingTick) begin
        sampler_samples_1 <= sampler_samples_0;
      end
      if(io_samplingTick) begin
        sampler_samples_2 <= sampler_samples_1;
      end
      sampler_value <= (((1'b0 || ((1'b1 && sampler_samples_0) && sampler_samples_1)) || ((1'b1 && sampler_samples_0) && sampler_samples_2)) || ((1'b1 && sampler_samples_1) && sampler_samples_2));
      sampler_tick <= io_samplingTick;
      if(sampler_value) begin
        break_counter <= 7'h0;
      end else begin
        if(when_UartCtrlRx_l69) begin
          break_counter <= (break_counter + 7'h01);
        end
      end
      stateMachine_validReg <= 1'b0;
      case(stateMachine_state)
        `UartCtrlRxState_binary_sequential_IDLE : begin
          if(when_UartCtrlRx_l93) begin
            stateMachine_state <= `UartCtrlRxState_binary_sequential_START;
          end
        end
        `UartCtrlRxState_binary_sequential_START : begin
          if(bitTimer_tick) begin
            stateMachine_state <= `UartCtrlRxState_binary_sequential_DATA;
            if(when_UartCtrlRx_l103) begin
              stateMachine_state <= `UartCtrlRxState_binary_sequential_IDLE;
            end
          end
        end
        `UartCtrlRxState_binary_sequential_DATA : begin
          if(bitTimer_tick) begin
            if(when_UartCtrlRx_l111) begin
              if(when_UartCtrlRx_l113) begin
                stateMachine_state <= `UartCtrlRxState_binary_sequential_STOP;
                stateMachine_validReg <= 1'b1;
              end else begin
                stateMachine_state <= `UartCtrlRxState_binary_sequential_PARITY;
              end
            end
          end
        end
        `UartCtrlRxState_binary_sequential_PARITY : begin
          if(bitTimer_tick) begin
            if(when_UartCtrlRx_l125) begin
              stateMachine_state <= `UartCtrlRxState_binary_sequential_STOP;
              stateMachine_validReg <= 1'b1;
            end else begin
              stateMachine_state <= `UartCtrlRxState_binary_sequential_IDLE;
            end
          end
        end
        default : begin
          if(bitTimer_tick) begin
            if(when_UartCtrlRx_l136) begin
              stateMachine_state <= `UartCtrlRxState_binary_sequential_IDLE;
            end else begin
              if(when_UartCtrlRx_l139) begin
                stateMachine_state <= `UartCtrlRxState_binary_sequential_IDLE;
              end
            end
          end
        end
      endcase
    end
  end

  always @(posedge clk) begin
    if(sampler_tick) begin
      bitTimer_counter <= (bitTimer_counter - 3'b001);
      if(when_UartCtrlRx_l43) begin
        bitTimer_counter <= 3'b100;
      end
    end
    if(bitTimer_tick) begin
      bitCounter_value <= (bitCounter_value + 3'b001);
    end
    if(bitTimer_tick) begin
      stateMachine_parity <= (stateMachine_parity ^ sampler_value);
    end
    case(stateMachine_state)
      `UartCtrlRxState_binary_sequential_IDLE : begin
        if(when_UartCtrlRx_l93) begin
          bitTimer_counter <= 3'b001;
        end
      end
      `UartCtrlRxState_binary_sequential_START : begin
        if(bitTimer_tick) begin
          bitCounter_value <= 3'b000;
          stateMachine_parity <= (io_configFrame_parity == `UartParityType_binary_sequential_ODD);
        end
      end
      `UartCtrlRxState_binary_sequential_DATA : begin
        if(bitTimer_tick) begin
          stateMachine_shifter[bitCounter_value] <= sampler_value;
          if(when_UartCtrlRx_l111) begin
            bitCounter_value <= 3'b000;
          end
        end
      end
      `UartCtrlRxState_binary_sequential_PARITY : begin
        if(bitTimer_tick) begin
          bitCounter_value <= 3'b000;
        end
      end
      default : begin
      end
    endcase
  end


endmodule

module UartCtrlTx (
  input      [2:0]    io_configFrame_dataLength,
  input      `UartStopType_binary_sequential_type io_configFrame_stop,
  input      `UartParityType_binary_sequential_type io_configFrame_parity,
  input               io_samplingTick,
  input               io_write_valid,
  output reg          io_write_ready,
  input      [7:0]    io_write_payload,
  input               io_cts,
  output              io_txd,
  input               io_break,
  input               clk,
  input               reset
);
  wire       [2:0]    _zz_clockDivider_counter_valueNext;
  wire       [0:0]    _zz_clockDivider_counter_valueNext_1;
  wire       [2:0]    _zz_when_UartCtrlTx_l93;
  wire       [0:0]    _zz_when_UartCtrlTx_l93_1;
  reg                 clockDivider_counter_willIncrement;
  wire                clockDivider_counter_willClear;
  reg        [2:0]    clockDivider_counter_valueNext;
  reg        [2:0]    clockDivider_counter_value;
  wire                clockDivider_counter_willOverflowIfInc;
  wire                clockDivider_counter_willOverflow;
  reg        [2:0]    tickCounter_value;
  reg        `UartCtrlTxState_binary_sequential_type stateMachine_state;
  reg                 stateMachine_parity;
  reg                 stateMachine_txd;
  wire                when_UartCtrlTx_l58;
  wire                when_UartCtrlTx_l73;
  wire                when_UartCtrlTx_l76;
  wire                when_UartCtrlTx_l93;
  reg                 _zz_io_txd;
  `ifndef SYNTHESIS
  reg [23:0] io_configFrame_stop_string;
  reg [31:0] io_configFrame_parity_string;
  reg [47:0] stateMachine_state_string;
  `endif


  assign _zz_clockDivider_counter_valueNext_1 = clockDivider_counter_willIncrement;
  assign _zz_clockDivider_counter_valueNext = {2'd0, _zz_clockDivider_counter_valueNext_1};
  assign _zz_when_UartCtrlTx_l93_1 = ((io_configFrame_stop == `UartStopType_binary_sequential_ONE) ? 1'b0 : 1'b1);
  assign _zz_when_UartCtrlTx_l93 = {2'd0, _zz_when_UartCtrlTx_l93_1};
  `ifndef SYNTHESIS
  always @(*) begin
    case(io_configFrame_stop)
      `UartStopType_binary_sequential_ONE : io_configFrame_stop_string = "ONE";
      `UartStopType_binary_sequential_TWO : io_configFrame_stop_string = "TWO";
      default : io_configFrame_stop_string = "???";
    endcase
  end
  always @(*) begin
    case(io_configFrame_parity)
      `UartParityType_binary_sequential_NONE : io_configFrame_parity_string = "NONE";
      `UartParityType_binary_sequential_EVEN : io_configFrame_parity_string = "EVEN";
      `UartParityType_binary_sequential_ODD : io_configFrame_parity_string = "ODD ";
      default : io_configFrame_parity_string = "????";
    endcase
  end
  always @(*) begin
    case(stateMachine_state)
      `UartCtrlTxState_binary_sequential_IDLE : stateMachine_state_string = "IDLE  ";
      `UartCtrlTxState_binary_sequential_START : stateMachine_state_string = "START ";
      `UartCtrlTxState_binary_sequential_DATA : stateMachine_state_string = "DATA  ";
      `UartCtrlTxState_binary_sequential_PARITY : stateMachine_state_string = "PARITY";
      `UartCtrlTxState_binary_sequential_STOP : stateMachine_state_string = "STOP  ";
      default : stateMachine_state_string = "??????";
    endcase
  end
  `endif

  always @(*) begin
    clockDivider_counter_willIncrement = 1'b0;
    if(io_samplingTick) begin
      clockDivider_counter_willIncrement = 1'b1;
    end
  end

  assign clockDivider_counter_willClear = 1'b0;
  assign clockDivider_counter_willOverflowIfInc = (clockDivider_counter_value == 3'b100);
  assign clockDivider_counter_willOverflow = (clockDivider_counter_willOverflowIfInc && clockDivider_counter_willIncrement);
  always @(*) begin
    if(clockDivider_counter_willOverflow) begin
      clockDivider_counter_valueNext = 3'b000;
    end else begin
      clockDivider_counter_valueNext = (clockDivider_counter_value + _zz_clockDivider_counter_valueNext);
    end
    if(clockDivider_counter_willClear) begin
      clockDivider_counter_valueNext = 3'b000;
    end
  end

  always @(*) begin
    stateMachine_txd = 1'b1;
    case(stateMachine_state)
      `UartCtrlTxState_binary_sequential_IDLE : begin
      end
      `UartCtrlTxState_binary_sequential_START : begin
        stateMachine_txd = 1'b0;
      end
      `UartCtrlTxState_binary_sequential_DATA : begin
        stateMachine_txd = io_write_payload[tickCounter_value];
      end
      `UartCtrlTxState_binary_sequential_PARITY : begin
        stateMachine_txd = stateMachine_parity;
      end
      default : begin
      end
    endcase
  end

  always @(*) begin
    io_write_ready = io_break;
    case(stateMachine_state)
      `UartCtrlTxState_binary_sequential_IDLE : begin
      end
      `UartCtrlTxState_binary_sequential_START : begin
      end
      `UartCtrlTxState_binary_sequential_DATA : begin
        if(clockDivider_counter_willOverflow) begin
          if(when_UartCtrlTx_l73) begin
            io_write_ready = 1'b1;
          end
        end
      end
      `UartCtrlTxState_binary_sequential_PARITY : begin
      end
      default : begin
      end
    endcase
  end

  assign when_UartCtrlTx_l58 = ((io_write_valid && (! io_cts)) && clockDivider_counter_willOverflow);
  assign when_UartCtrlTx_l73 = (tickCounter_value == io_configFrame_dataLength);
  assign when_UartCtrlTx_l76 = (io_configFrame_parity == `UartParityType_binary_sequential_NONE);
  assign when_UartCtrlTx_l93 = (tickCounter_value == _zz_when_UartCtrlTx_l93);
  assign io_txd = _zz_io_txd;
  always @(posedge clk or posedge reset) begin
    if(reset) begin
      clockDivider_counter_value <= 3'b000;
      stateMachine_state <= `UartCtrlTxState_binary_sequential_IDLE;
      _zz_io_txd <= 1'b1;
    end else begin
      clockDivider_counter_value <= clockDivider_counter_valueNext;
      case(stateMachine_state)
        `UartCtrlTxState_binary_sequential_IDLE : begin
          if(when_UartCtrlTx_l58) begin
            stateMachine_state <= `UartCtrlTxState_binary_sequential_START;
          end
        end
        `UartCtrlTxState_binary_sequential_START : begin
          if(clockDivider_counter_willOverflow) begin
            stateMachine_state <= `UartCtrlTxState_binary_sequential_DATA;
          end
        end
        `UartCtrlTxState_binary_sequential_DATA : begin
          if(clockDivider_counter_willOverflow) begin
            if(when_UartCtrlTx_l73) begin
              if(when_UartCtrlTx_l76) begin
                stateMachine_state <= `UartCtrlTxState_binary_sequential_STOP;
              end else begin
                stateMachine_state <= `UartCtrlTxState_binary_sequential_PARITY;
              end
            end
          end
        end
        `UartCtrlTxState_binary_sequential_PARITY : begin
          if(clockDivider_counter_willOverflow) begin
            stateMachine_state <= `UartCtrlTxState_binary_sequential_STOP;
          end
        end
        default : begin
          if(clockDivider_counter_willOverflow) begin
            if(when_UartCtrlTx_l93) begin
              stateMachine_state <= (io_write_valid ? `UartCtrlTxState_binary_sequential_START : `UartCtrlTxState_binary_sequential_IDLE);
            end
          end
        end
      endcase
      _zz_io_txd <= (stateMachine_txd && (! io_break));
    end
  end

  always @(posedge clk) begin
    if(clockDivider_counter_willOverflow) begin
      tickCounter_value <= (tickCounter_value + 3'b001);
    end
    if(clockDivider_counter_willOverflow) begin
      stateMachine_parity <= (stateMachine_parity ^ stateMachine_txd);
    end
    case(stateMachine_state)
      `UartCtrlTxState_binary_sequential_IDLE : begin
      end
      `UartCtrlTxState_binary_sequential_START : begin
        if(clockDivider_counter_willOverflow) begin
          stateMachine_parity <= (io_configFrame_parity == `UartParityType_binary_sequential_ODD);
          tickCounter_value <= 3'b000;
        end
      end
      `UartCtrlTxState_binary_sequential_DATA : begin
        if(clockDivider_counter_willOverflow) begin
          if(when_UartCtrlTx_l73) begin
            tickCounter_value <= 3'b000;
          end
        end
      end
      `UartCtrlTxState_binary_sequential_PARITY : begin
        if(clockDivider_counter_willOverflow) begin
          tickCounter_value <= 3'b000;
        end
      end
      default : begin
      end
    endcase
  end


endmodule

module BufferCC (
  input               io_dataIn,
  output              io_dataOut,
  input               clk,
  input               reset
);
  (* async_reg = "true" *) reg                 buffers_0;
  (* async_reg = "true" *) reg                 buffers_1;

  assign io_dataOut = buffers_1;
  always @(posedge clk or posedge reset) begin
    if(reset) begin
      buffers_0 <= 1'b0;
      buffers_1 <= 1'b0;
    end else begin
      buffers_0 <= io_dataIn;
      buffers_1 <= buffers_0;
    end
  end


endmodule